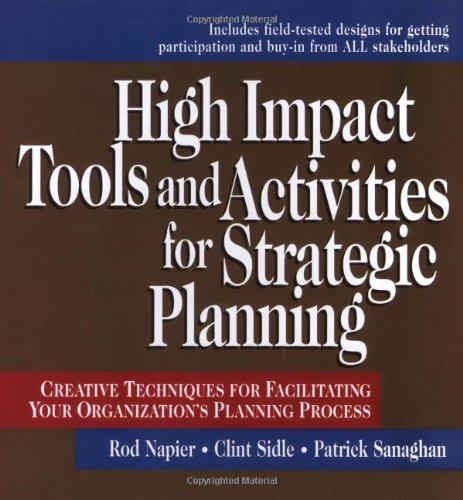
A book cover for High Impact Tools and Activities for Strategic Planning: Creative Techniques for Facilitating Your Organization's Planning Process; Rod Napier; Business & Money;